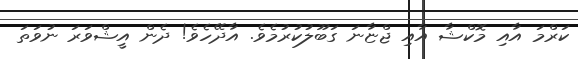
ކަރްމަ އާއި މޮކްޝާ އާއި ޖްޏާނަ ގަބޫލުކުރުމެވެ. އާދޭހެވެ! ދެން އީޝްވަރަ ނުވަތަ